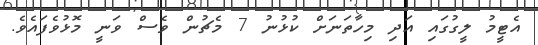
އެޓީމު ލީގުގައި އަދި މިހާތަނަށް ކުޅުނު 7 މެޗުން ވެސް ވަނީ މޮޅުވެފައެވެ.